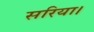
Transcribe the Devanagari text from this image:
सरिया।